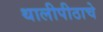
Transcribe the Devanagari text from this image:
थालीपीठाचे